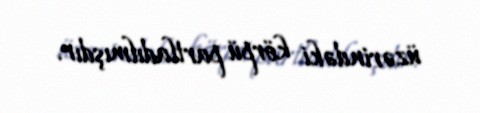
üzərindəki körpü partladılmışdır.